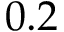
0 . 2